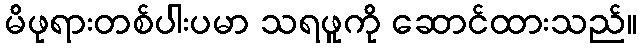
မိဖုရားတစ်ပါးပမာ သရဖူကို ဆောင်ထားသည်။